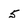
Character: 5